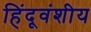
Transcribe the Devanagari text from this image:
हिंदूवंशीय